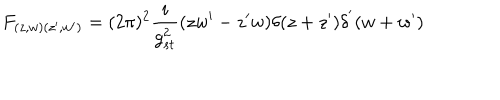
F _ { ( z , w ) ( z ^ { \prime } , w ^ { \prime } ) } = ( 2 \pi ) ^ { 2 } \frac { i } { g _ { s t } ^ { 2 } } ( z w ^ { \prime } - z ^ { \prime } w ) \delta ( z + z ^ { \prime } ) \delta ^ { ' } ( w + w ^ { \prime } )